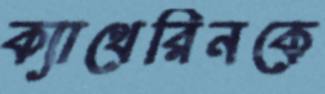
ক্যাথেরিনকে